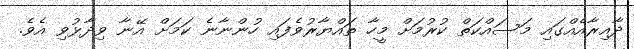
ދާއިރާއެއްގައި މަސައްކަތް ކުރުމަށް މީހާ ތައްޔާރުވެފައި ހުންނާނެ ކަމަށް އޭނާ ވިދާޅުވި އެވެ.